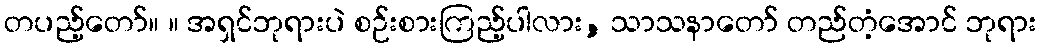
တပည့်တော်။ ။ အရှင်ဘုရားပဲ စဉ်းစားကြည့်ပါလား, သာသနာတော် တည်တံ့အောင် ဘုရား